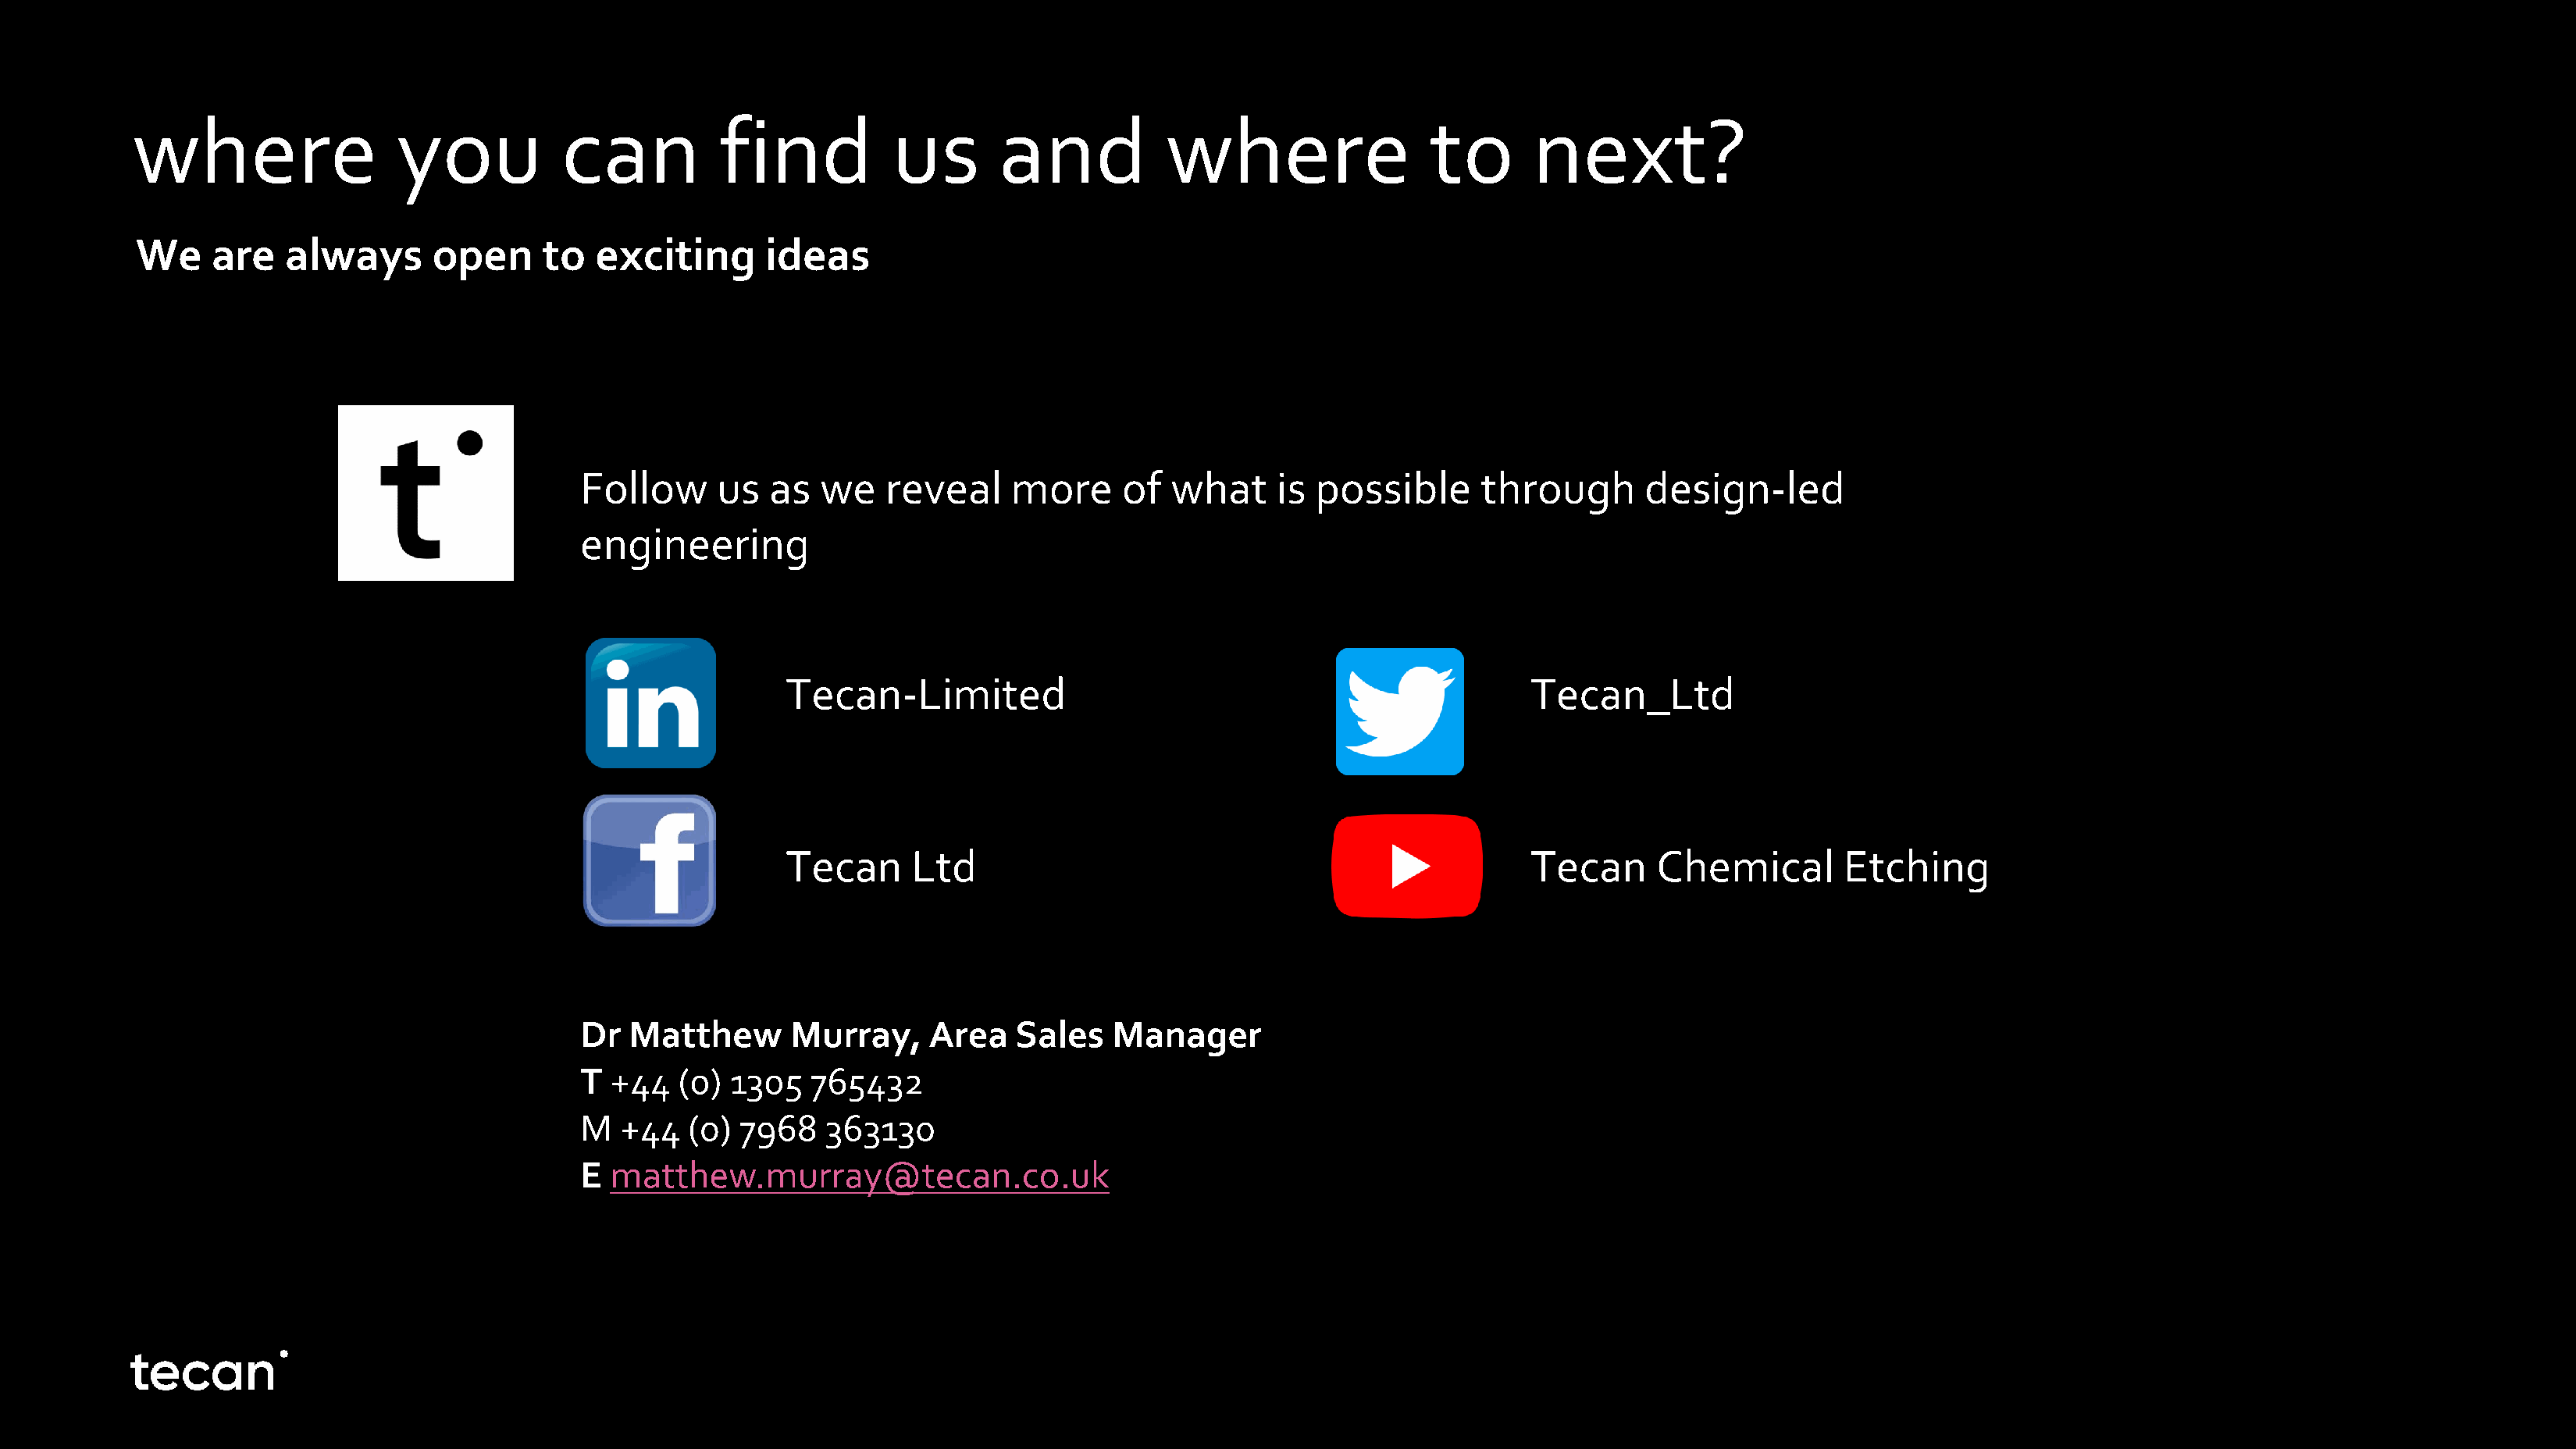
where                  you           can          find           us       and           where                 to       next?
 We    are   always       open     to  exciting       ideas
 Follow      us  as   we   reveal     more     of  what     is possible       through      design-led
 engineering
 Tecan-Limited                                                  Tecan_Ltd
 Tecan     Ltd                                                  Tecan     Chemical        Etching
 Dr  Matthew       Murray,     Area   Sales   Manager
 T  +44  (0)  1305   765432
 M   +44  (0)  7968   363130
 E  matthew.murray@tecan.co.uk